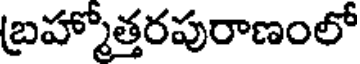
బ్రహ్మోత్తరపురాణంలో